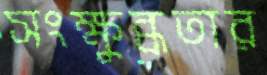
সংক্ষুব্ধতার